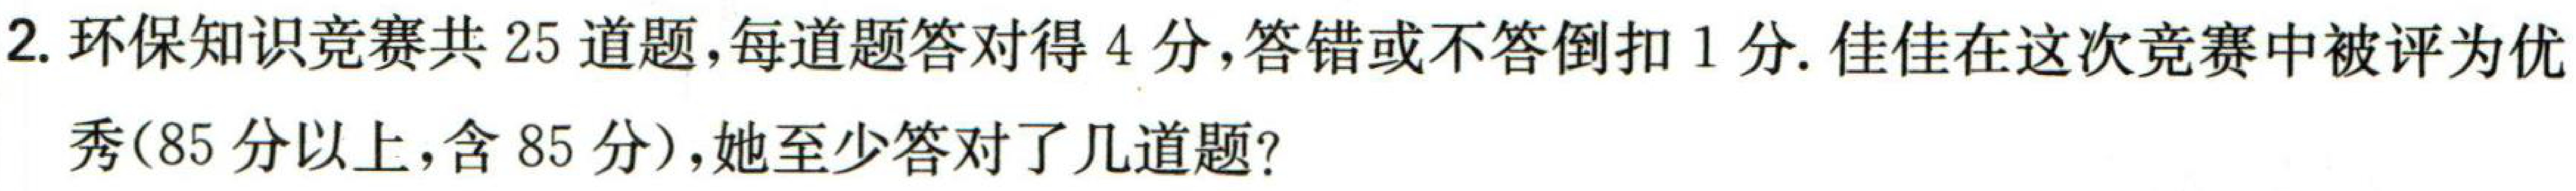
2. 环保知识竞赛共25道题，每道题答对得4分，答错或不答倒扣1分. 佳佳在这次竞赛中被评为优

秀(85分以上，含85分)，她至少答对了几道题？